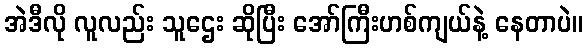
အဲဒီလို လူလည်း သူဌေး ဆိုပြီး အော်ကြီးဟစ်ကျယ်နဲ့ နေတာပဲ။